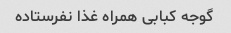
گوجه کبابی همراه غذا نفرستاده